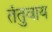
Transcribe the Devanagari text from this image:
तंतुवाय